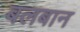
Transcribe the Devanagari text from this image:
बलबान